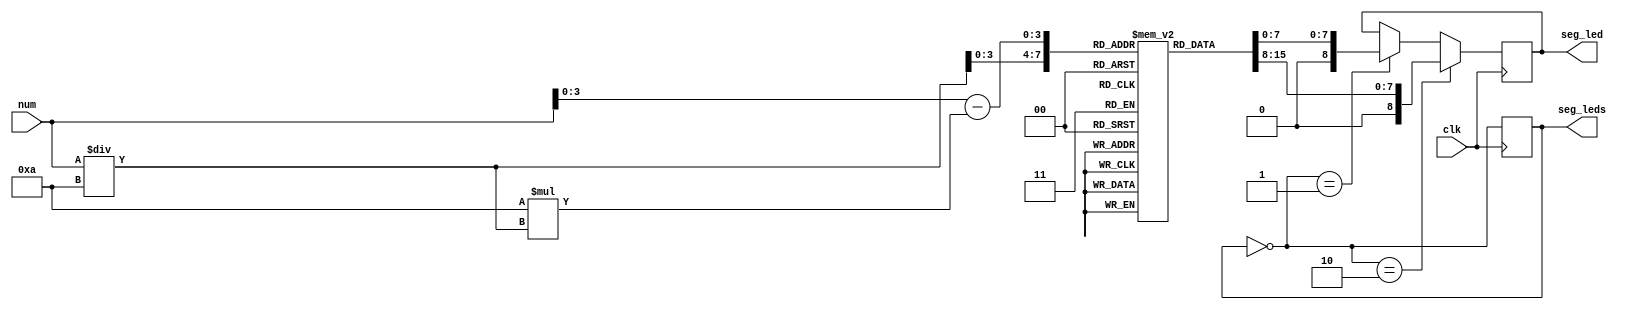
module seg_led (num,seg_led,seg_leds,clk);

input [5:0] num;//(0-60s)
input clk;//1k
output reg [8:0] seg_led;//
output reg [1:0] seg_leds;//
reg [7:0] seg [9:0];//

initial
begin
	seg[0] = 8'b11111100;  //                                        
	seg[1] = 8'b01100000;                                        
	seg[2] = 8'b11011010;                                          
	seg[3] = 8'b11110010;                                           
	seg[4] = 8'b01100110;                                           
	seg[5] = 8'b10110110;                                          
	seg[6] = 8'b10111110;                                          
	seg[7] = 8'b11100100;                                          
	seg[8] = 8'b11111110;                                          
	seg[9] = 8'b11110110; 
	seg_leds = 2'b01;
	seg_led = 8'b11111100;
end

always @ (posedge clk)//
begin
seg_leds = ~seg_leds;

if(seg_leds == 2'b10) seg_led = seg[num / 10];//2

else if (seg_leds == 2'b01) seg_led = seg[num - 10*(num/10)];//

end

endmodule